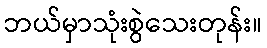
ဘယ်မှာသုံးစွဲသေးတုန်း။